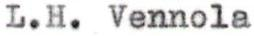
L.H. Vennola